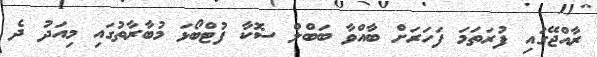
ރާއްޖޭގައި ފުރަތަމަ ފަހަރަށް ބާއްވާ ބަބްލް ސޮކާ ފުޓްބޯޅަ މުބާރާތުގައި މިއަދު ދެ